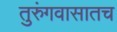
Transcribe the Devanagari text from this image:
तुरुंगवासातच